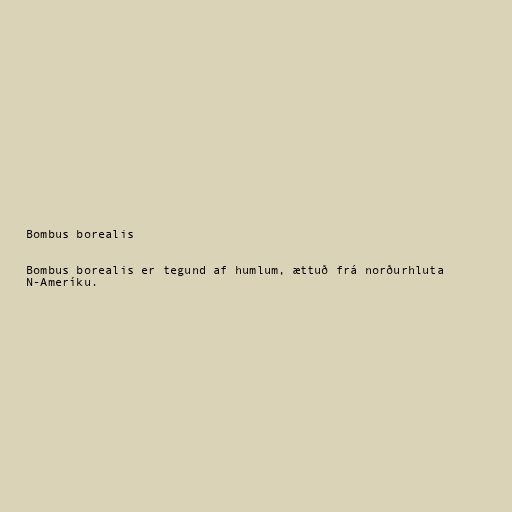
Bombus borealis

Bombus borealis er tegund af humlum, ættuð frá norðurhluta
N-Ameríku.